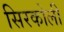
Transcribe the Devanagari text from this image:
सिरकोली